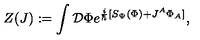
Z ( J ) : = \int { \cal { D } } \Phi e ^ { \frac { i } { \hbar } [ S _ { \Psi } ( \Phi ) + J ^ { A } \Phi _ { A } ] } ,